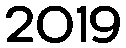
2019